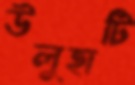
উলুহাটি